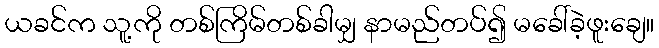
ယခင်က သူ့ကို တစ်ကြိမ်တစ်ခါမျှ နာမည်တပ်၍ မခေါ်ခဲ့ဖူးချေ။